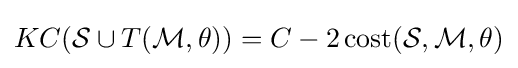
KC({\mathcal {S}}\cup T({\mathcal {M}},\theta ))=C-2\operatorname {cost} ({\mathcal {S}},{\mathcal {M}},\theta )